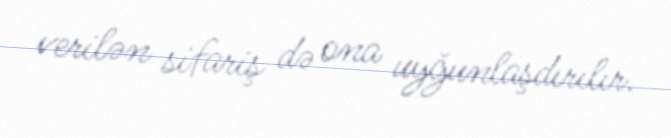
verilən sifariş də ona uyğunlaşdırılır.